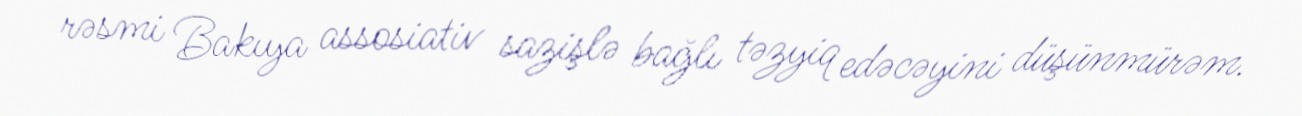
rəsmi Bakıya assosiativ sazişlə bağlı təzyiq edəcəyini düşünmürəm.